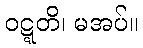
ဝဋ္ဋတိ၊ မအပ်။